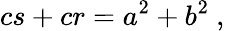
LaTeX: cs+cr=a^{2}+b^{2}\ ,